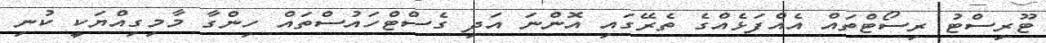
ޓޫރިސްޓު ރިސޯޓްތައް އެއްފަޅެއްގެ ތެރޭގައި އޮންނަ އަދި ގެސްޓްހައުސްތައް ހިންގާ މާމިގިއްޔަކީ ކުނި